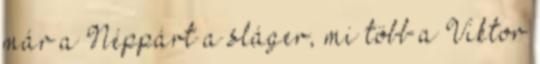
már a Néppárt a sláger, mi több a Viktor